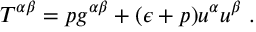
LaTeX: T ^ { \alpha \beta } = p g ^ { \alpha \beta } + ( \epsilon + p ) u ^ { \alpha } u ^ { \beta } ~ .